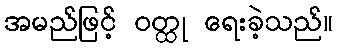
အမည်ဖြင့် ဝတ္ထု ရေးခဲ့သည်။